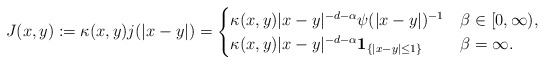
\begin{align*} J(x, y) := \kappa(x,y) j(|x-y|) = \begin{cases} \kappa(x,y) |x-y|^{-d-\alpha} \psi (|x-y|)^{-1} & \beta \in [0, \infty),\\ \kappa(x,y) |x-y|^{-d-\alpha}{\bf 1}_{\{|x-y| \le1\}} & \beta = \infty. \end{cases}\end{align*}